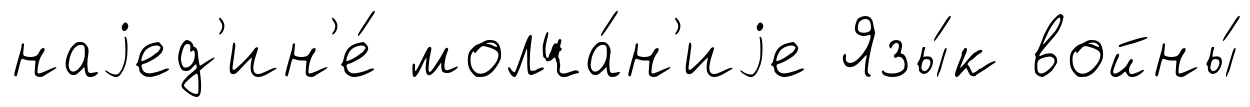
наjед'ин'е́ молча́н'иjе Язы́к войны́